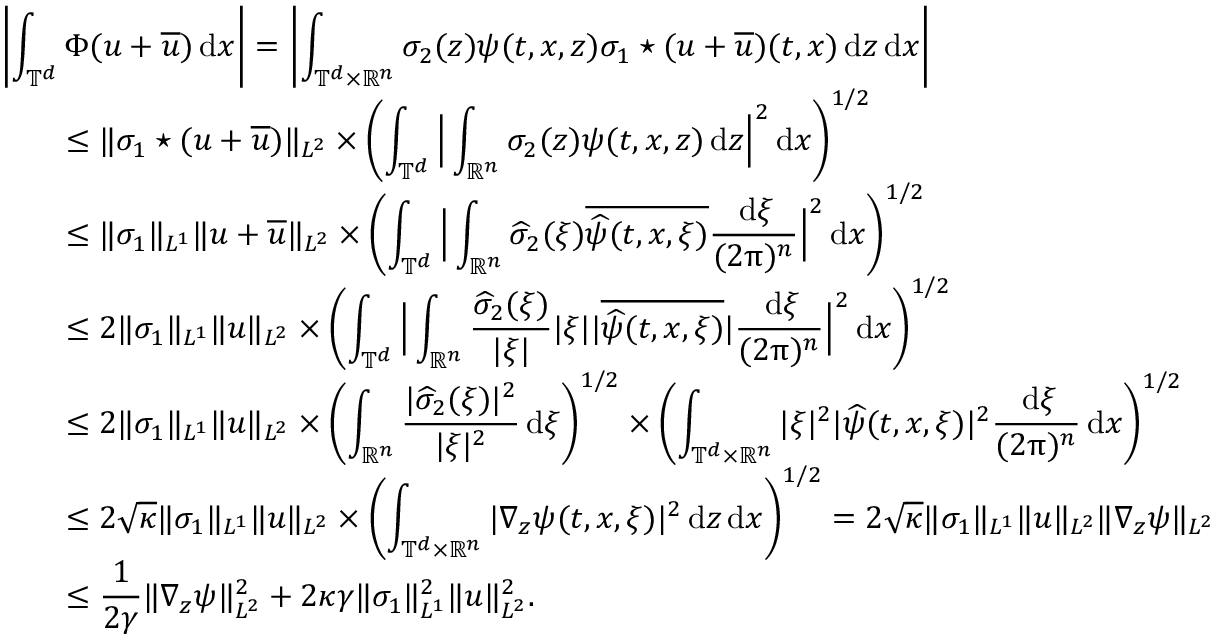
\begin{array} { r l } & { \left| \displaystyle \int _ { \mathbb T ^ { d } } \Phi ( u + \overline { u } ) \, { \mathrm { d } } x \right| = \left| \displaystyle \int _ { \mathbb T ^ { d } \times \mathbb R ^ { n } } \sigma _ { 2 } ( z ) \psi ( t , x , z ) \sigma _ { 1 } \star ( u + \overline { u } ) ( t , x ) \, { \mathrm { d } } z \, { \mathrm { d } } x \right| } \\ & { \qquad \le \| \sigma _ { 1 } \star ( u + \overline { u } ) \| _ { L ^ { 2 } } \times \left( \displaystyle \int _ { \mathbb T ^ { d } } \Big | \displaystyle \int _ { \mathbb R ^ { n } } \sigma _ { 2 } ( z ) \psi ( t , x , z ) \, { \mathrm { d } } z \Big | ^ { 2 } \, { \mathrm { d } } x \right) ^ { 1 / 2 } } \\ & { \qquad \le \| \sigma _ { 1 } \| _ { L ^ { 1 } } \| u + \overline { u } \| _ { L ^ { 2 } } \times \left( \displaystyle \int _ { \mathbb T ^ { d } } \Big | \displaystyle \int _ { \mathbb R ^ { n } } \widehat \sigma _ { 2 } ( \xi ) \overline { { \widehat \psi ( t , x , \xi ) } } \displaystyle \frac { \, { \mathrm { d } } \xi } { ( 2 \uppi ) ^ { n } } \Big | ^ { 2 } \, { \mathrm { d } } x \right) ^ { 1 / 2 } } \\ & { \qquad \le 2 \| \sigma _ { 1 } \| _ { L ^ { 1 } } \| u \| _ { L ^ { 2 } } \times \left( \displaystyle \int _ { \mathbb T ^ { d } } \Big | \displaystyle \int _ { \mathbb R ^ { n } } \displaystyle \frac { \widehat \sigma _ { 2 } ( \xi ) } { | \xi | } | \xi | \displaystyle | \overline { { \widehat \psi ( t , x , \xi ) } } | \displaystyle \frac { \, { \mathrm { d } } \xi } { ( 2 \uppi ) ^ { n } } \Big | ^ { 2 } \, { \mathrm { d } } x \right) ^ { 1 / 2 } } \\ & { \qquad \le 2 \| \sigma _ { 1 } \| _ { L ^ { 1 } } \| u \| _ { L ^ { 2 } } \times \left( \displaystyle \int _ { \mathbb R ^ { n } } \displaystyle \frac { | \widehat \sigma _ { 2 } ( \xi ) | ^ { 2 } } { | \xi | ^ { 2 } } \, { \mathrm { d } } \xi \right) ^ { 1 / 2 } \times \left( \displaystyle \int _ { \mathbb T ^ { d } \times \mathbb R ^ { n } } | \xi | ^ { 2 } | \widehat \psi ( t , x , \xi ) | ^ { 2 } \displaystyle \frac { \, { \mathrm { d } } \xi } { ( 2 \uppi ) ^ { n } } \, { \mathrm { d } } x \right) ^ { 1 / 2 } } \\ & { \qquad \le 2 \sqrt \kappa \| \sigma _ { 1 } \| _ { L ^ { 1 } } \| u \| _ { L ^ { 2 } } \times \left( \displaystyle \int _ { \mathbb T ^ { d } \times \mathbb R ^ { n } } | \nabla _ { z } \psi ( t , x , \xi ) | ^ { 2 } \, { \mathrm { d } } z \, { \mathrm { d } } x \right) ^ { 1 / 2 } = 2 \sqrt \kappa \| \sigma _ { 1 } \| _ { L ^ { 1 } } \| u \| _ { L ^ { 2 } } \| \nabla _ { z } \psi \| _ { L ^ { 2 } } } \\ & { \qquad \leq \displaystyle \frac { 1 } { 2 \gamma } \| \nabla _ { z } \psi \| _ { L ^ { 2 } } ^ { 2 } + 2 \kappa \gamma \| \sigma _ { 1 } \| _ { L ^ { 1 } } ^ { 2 } \| u \| _ { L ^ { 2 } } ^ { 2 } . } \end{array}